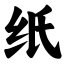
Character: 纸